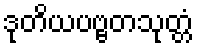
ဒုတိယပဗ္ဗတသုတ္တံ